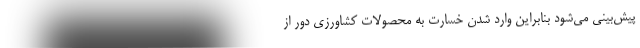
پیش‌بینی می‌شود بنابراین وارد شدن خسارت به محصولات کشاورزی دور از